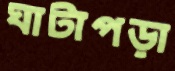
ঘাটাপড়া